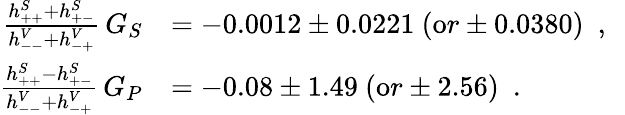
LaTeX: \begin{array}{rl}{{\frac{h_{++}^{S}+h_{+-}^{S}}{h_{--}^{V}+h_{-+}^{V}}\, G_{S}}}&{{=-0.0012\pm 0.0221\ ({\mathrm or}\pm 0.0380)\ \ ,\ \ }}\\ {{\frac{h_{++}^{S}-h_{+-}^{S}}{h_{--}^{V}+h_{-+}^{V}}\, G_{P}}}&{{=-0.08\pm 1.49\ ({\mathrm or}\pm 2.56)\ \ .\ \ }}\end{array}